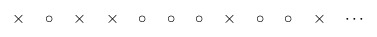
\begin{align*}\times\quad\circ\quad\times\quad\times\quad\circ\quad \circ\quad\circ\quad \times\quad\circ\quad\circ\quad\times\quad\cdots \end{align*}